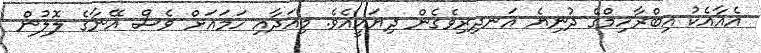
އެއާއެކު އިބްރާހިމްގެ ދުނިޔެ އަނދިރިވެގެން ދިޔައީއެވެ. މިއަދާއި ހަމައަށް ވެސް އޭނާގެ ލޮލުން